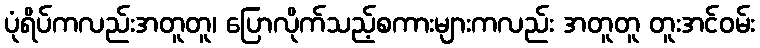
ပုံရိပ်ကလည်းအတူတူ၊ ပြောလိုက်သည့်စကားများကလည်း အတူတူ တူးအင်ဝမ်း